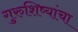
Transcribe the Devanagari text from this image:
गुरुशिष्यांचा